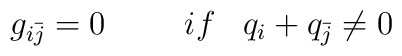
g_{i{\bar j}} = 0 \hspace{1cm} if \; \; \; q_i + q_{\bar j} \neq 0